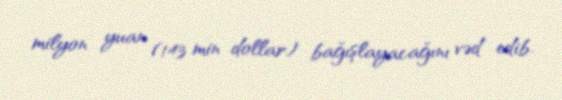
milyon yuan (143 min dollar) bağışlayacağını vəd edib.